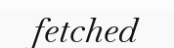
fetched